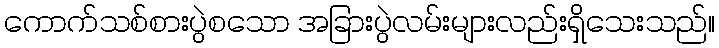
ကောက်သစ်စားပွဲစသော အခြားပွဲလမ်းများလည်းရှိသေးသည်။